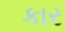
કાર